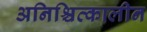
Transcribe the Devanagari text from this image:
अनिश्चित्कालीन